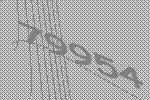
79954